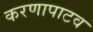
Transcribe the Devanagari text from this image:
करणापाटव